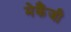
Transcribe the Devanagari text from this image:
मेकैंजी